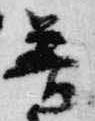
普